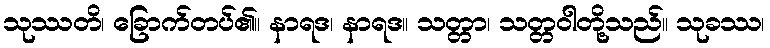
သုဿတိ၊ ခြောက်တပ်၏။ နာရဒ၊ နာရဒ။ သတ္တာ၊ သတ္တဝါတို့သည်။ သုခဿ၊